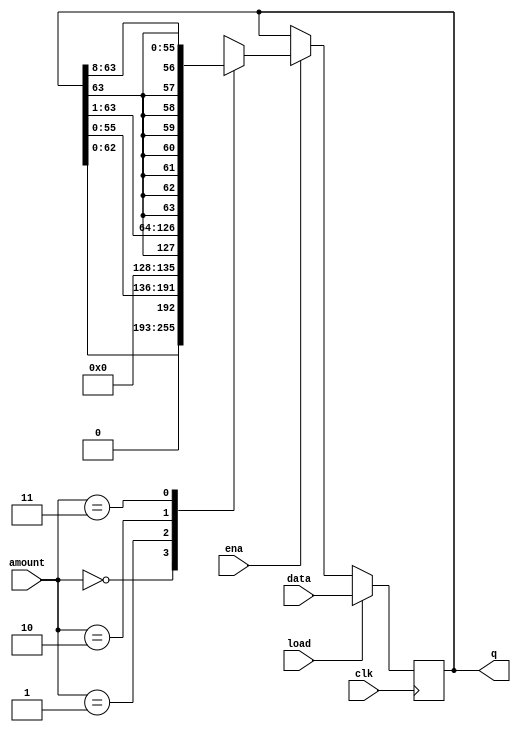
module top_module(
    input clk,
    input load,
    input ena,
    input [1:0] amount,
    input [63:0] data,
    output [63:0] q
); 

reg  [63:0] q_reg;
wire [63:0] q_nxt_l1 = {q_reg[62:0], 1'b0};
wire [63:0] q_nxt_l8 = {q_reg[55:0], 8'b0};
wire [63:0] q_nxt_r1 = {q_reg[63], q_reg[63:1]};
wire [63:0] q_nxt_r8 = {{8{q_reg[63]}}, q_reg[63:8]};

always @(posedge clk) begin
    if (load)
        q_reg <= data;
    else if (ena) begin
        case(amount)
            2'b00: q_reg <= q_nxt_l1;
            2'b01: q_reg <= q_nxt_l8;
            2'b10: q_reg <= q_nxt_r1;
            2'b11: q_reg <= q_nxt_r8;
            default: q_reg <= 64'b0;
        endcase
    end
end

assign q = q_reg;

endmodule